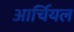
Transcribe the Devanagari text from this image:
आर्चियल